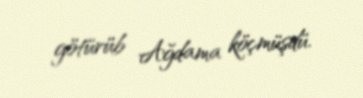
götürüb Ağdama köçmüşdü.